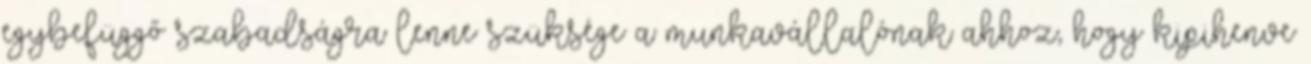
egybefüggő szabadságra lenne szüksége a munkavállalónak ahhoz, hogy kipihenve